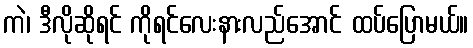
ကဲ၊ ဒီလိုဆိုရင် ကိုရင်လေးနားလည်အောင် ထပ်ပြောမယ်။